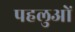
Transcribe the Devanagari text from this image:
पहलुओें